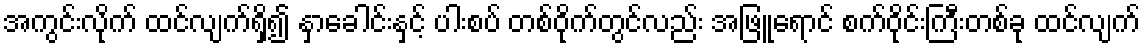
အကွင်းလိုက် ထင်လျက်ရှိ၍ နှာခေါင်းနှင့် ပါးစပ် တစ်ဝိုက်တွင်လည်း အဖြူရောင် စက်ဝိုင်းကြီးတစ်ခု ထင်လျက်